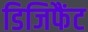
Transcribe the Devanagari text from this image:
डिजिफैंट